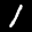
Label: 1